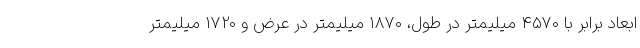
ابعاد برابر با 4570 میلیمتر در طول، 1870 میلیمتر در عرض و 1720 میلیمتر